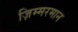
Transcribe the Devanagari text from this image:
ज़िम्मरमान